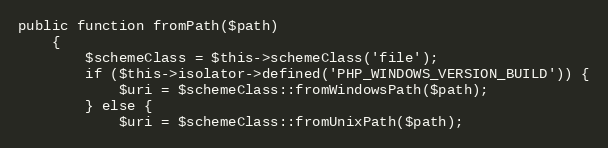
Language: PHP
public function fromPath($path)
    {
        $schemeClass = $this->schemeClass('file');
        if ($this->isolator->defined('PHP_WINDOWS_VERSION_BUILD')) {
            $uri = $schemeClass::fromWindowsPath($path);
        } else {
            $uri = $schemeClass::fromUnixPath($path);